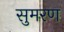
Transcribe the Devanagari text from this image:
सुमरण